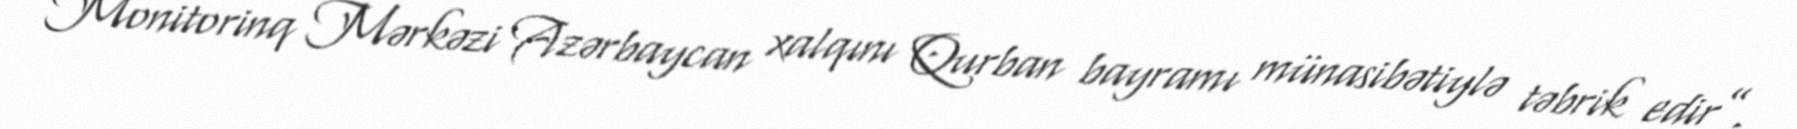
Monitorinq Mərkəzi Azərbaycan xalqını Qurban bayramı münasibətiylə təbrik edir”.